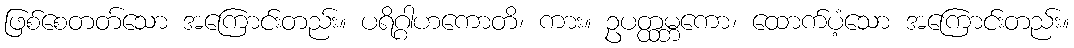
ဖြစ်စေတတ်သော အကြောင်းတည်း။ ပရိဂ္ဂါဟကောတိ၊ ကား။ ဥပတ္ထမ္ဘကော၊ ထောက်ပံ့သော အကြောင်းတည်း။